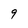
Character: 9